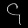
Digit: ၄